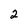
Character: 2